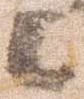
々